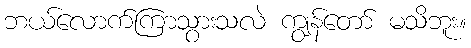
ဘယ်လောက်ကြာသွားသလဲ ကျွန်တော် မသိဘူး။